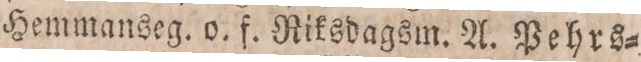
Hemmanseg. o. f. Riksdagsm. A. Pehrs=